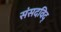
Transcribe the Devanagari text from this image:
संसदविद्‌